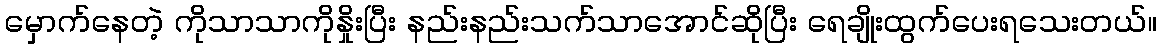
မှောက်နေတဲ့ ကိုသာသာကိုနှိုးပြီး နည်းနည်းသက်သာအောင်ဆိုပြီး ရေချိုးထွက်ပေးရသေးတယ်။